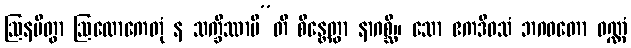
ဩနမိတွာ ဩလောကေတုံ န သက္ခိဿာမီ”တိ စိန္တေတွာ နာဂစ္ဆိ။ သော ဧကဒိဝသံ ဘဂဝတော ဝဏ္ဏံ